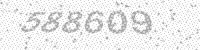
Solution: 588609